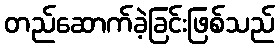
တည်ဆောက်ခဲ့ခြင်းဖြစ်သည်